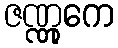
ဇဏ္ဏုကေ